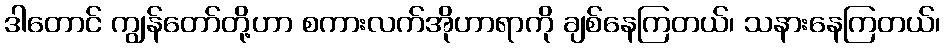
ဒါတောင် ကျွန်တော်တို့ဟာ စကားလက်အိုဟာရာကို ချစ်နေကြတယ်၊ သနားနေကြတယ်၊